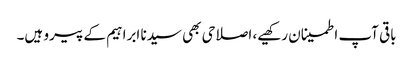
باقی آپ اطمینان رکھیے، اصلاحی بھی سیدنا ابراہیم کے پیرو ہیں۔